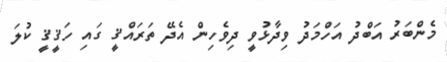
މެންބަރު އަބްދު އަހްމަދު ވިދާޅުވީ ދިވެހިން އެދޭ ތަރައްޤީ ގައި ހަޤީޤީ ކުލަ